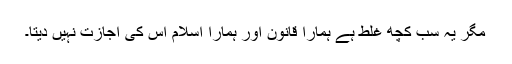
مگر یہ سب کچھ غلط ہے ہمارا قانون اور ہمارا اسلام اس کی اجازت نہیں دیتا۔